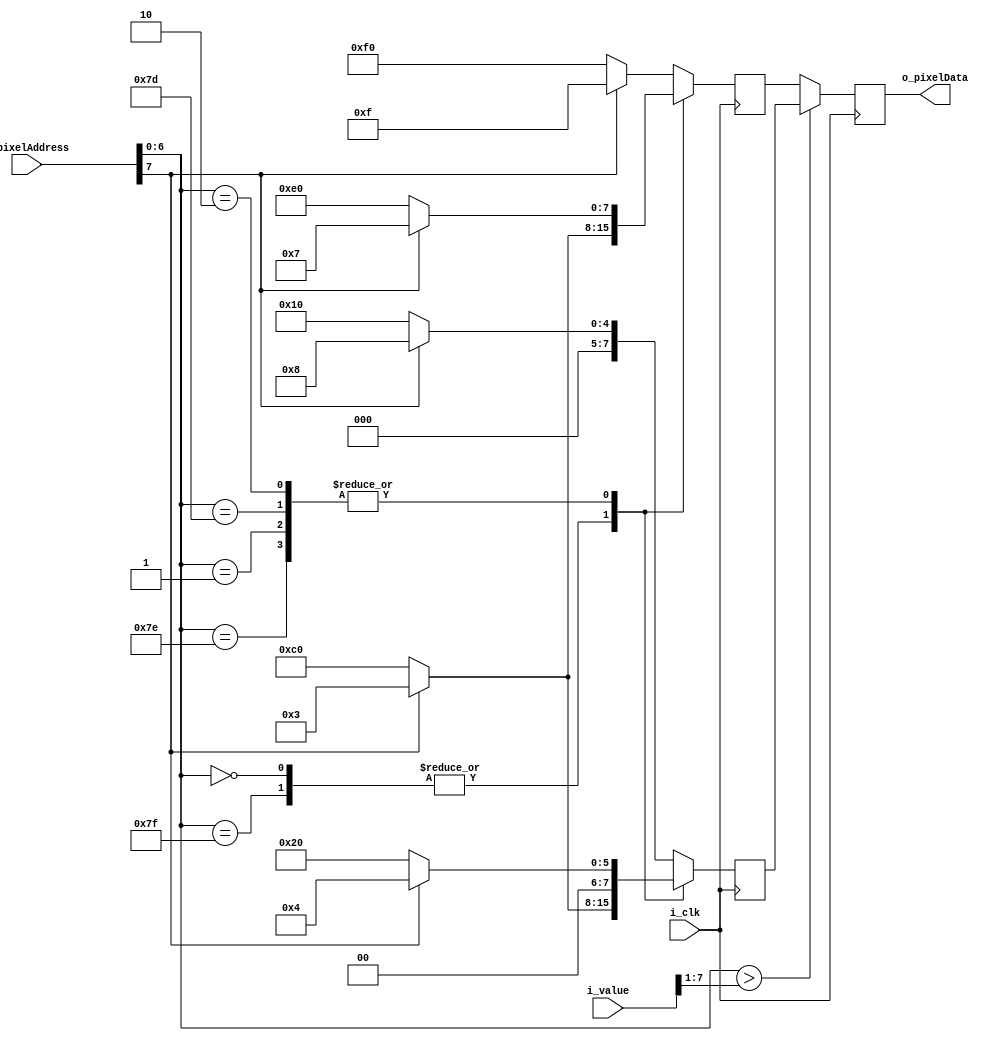
module progressbarRow (input i_clk,
                    input [7:0] i_value,
                    input [9:0] i_pixelAddress,
                    output [7:0] o_pixelData);

reg [7:0] r_pixelData;
assign o_pixelData = r_pixelData;

wire [6:0] r_column; //lcd width is 128(7 bits)
assign r_column = i_pixelAddress[6:0];

reg [7:0] r_bar, r_border;

wire w_topRow;
assign w_topRow = !i_pixelAddress[7];

localparam BAR_0_TOP = 8'b11000000,
BAR_0_BOTTOM = 8'b00000011,
BAR_1_TOP = 8'b11100000,
BAR_1_BOTTOM = 8'b00000111,
BAR_2_TOP = 8'b11100000,
BAR_2_BOTTOM = 8'b00000111,
BAR_TOP = 8'b11110000,
BAR_BOTTOM = 8'b00001111;

localparam BORDER_0_TOP = 8'b11000000,
BORDER_0_BOTTOM = 8'b00000011,
BORDER_1_TOP = 8'b00100000,
BORDER_1_BOTTOM = 8'b00000100,
BORDER_2_TOP = 8'b00100000,
BORDER_2_BOTTOM = 8'b00000100,
BORDER_TOP = 8'b00010000,
BORDER_BOTTOM = 8'b00001000;

always @(posedge i_clk) 
begin
    case(r_column)
        0, 127:
        begin
            r_bar <= w_topRow ? BAR_0_TOP : BAR_0_BOTTOM;
            r_border <= w_topRow ? BORDER_0_TOP : BORDER_0_BOTTOM;
        end
        1, 126:
        begin
            r_bar <= w_topRow ? BAR_1_TOP : BAR_1_BOTTOM;
            r_border <= w_topRow ? BORDER_1_TOP : BORDER_1_BOTTOM;
        end
        2, 125:
        begin
            r_bar <= w_topRow ? BAR_2_TOP : BAR_2_BOTTOM;
            r_border <= w_topRow ? BORDER_2_TOP : BORDER_2_BOTTOM;
        end
        default:
        begin
            r_bar <= w_topRow ? BAR_TOP : BAR_BOTTOM;
            r_border <= w_topRow ? BORDER_TOP : BORDER_BOTTOM;
        end
    endcase

    if(r_column > i_value[7:1]) //i_value varies between 0-255 and r_column has range of 0 to 127 (so LSB of i_value is insignificant)
        r_pixelData <= r_border;
    else
        r_pixelData <= r_bar;
end

endmodule